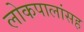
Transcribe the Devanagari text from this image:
लोकपालांसह